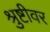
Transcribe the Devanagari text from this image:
श्रुष्टीवर